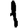
Digit: 1